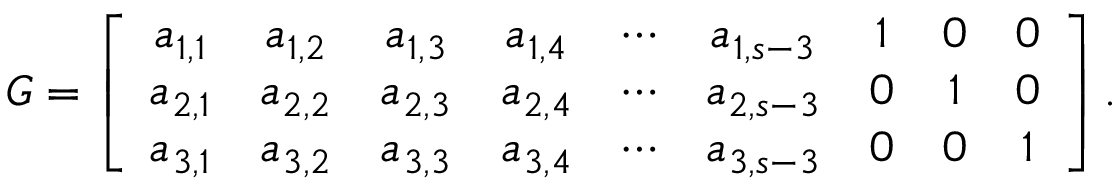
G = \left[ \begin{array} { c c c c c c c c c } { a _ { 1 , 1 } } & { a _ { 1 , 2 } } & { a _ { 1 , 3 } } & { a _ { 1 , 4 } } & { \cdots } & { a _ { 1 , s - 3 } } & { 1 } & { 0 } & { 0 } \\ { a _ { 2 , 1 } } & { a _ { 2 , 2 } } & { a _ { 2 , 3 } } & { a _ { 2 , 4 } } & { \cdots } & { a _ { 2 , s - 3 } } & { 0 } & { 1 } & { 0 } \\ { a _ { 3 , 1 } } & { a _ { 3 , 2 } } & { a _ { 3 , 3 } } & { a _ { 3 , 4 } } & { \cdots } & { a _ { 3 , s - 3 } } & { 0 } & { 0 } & { 1 } \end{array} \right] .